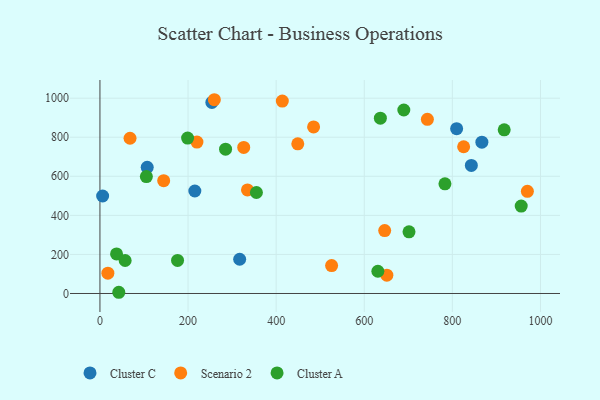
{"axis": {"x": "Distance", "y": "Sales"}, "legend": ["Cluster A", "Cluster C", "Scenario 2"], "data": [{"x": "215.4", "y": 524.8, "type": "Cluster C"}, {"x": "107.3", "y": 645.9, "type": "Cluster C"}, {"x": "317.2", "y": 175.3, "type": "Cluster C"}, {"x": "809.7", "y": 843.7, "type": "Cluster C"}, {"x": "843.1", "y": 655.8, "type": "Cluster C"}, {"x": "6.1", "y": 499.0, "type": "Cluster C"}, {"x": "254.1", "y": 978.4, "type": "Cluster C"}, {"x": "867.0", "y": 774.5, "type": "Cluster C"}, {"x": "144.7", "y": 577.5, "type": "Scenario 2"}, {"x": "259.7", "y": 992.0, "type": "Scenario 2"}, {"x": "68.3", "y": 794.8, "type": "Scenario 2"}, {"x": "825.6", "y": 751.2, "type": "Scenario 2"}, {"x": "646.4", "y": 322.2, "type": "Scenario 2"}, {"x": "18.0", "y": 104.1, "type": "Scenario 2"}, {"x": "743.3", "y": 891.9, "type": "Scenario 2"}, {"x": "970.3", "y": 522.9, "type": "Scenario 2"}, {"x": "414.0", "y": 985.2, "type": "Scenario 2"}, {"x": "220.2", "y": 775.3, "type": "Scenario 2"}, {"x": "651.3", "y": 93.6, "type": "Scenario 2"}, {"x": "485.0", "y": 852.7, "type": "Scenario 2"}, {"x": "449.1", "y": 766.3, "type": "Scenario 2"}, {"x": "334.9", "y": 530.0, "type": "Scenario 2"}, {"x": "326.4", "y": 747.6, "type": "Scenario 2"}, {"x": "525.9", "y": 143.1, "type": "Scenario 2"}, {"x": "176.2", "y": 169.1, "type": "Cluster A"}, {"x": "917.7", "y": 838.0, "type": "Cluster A"}, {"x": "783.2", "y": 561.2, "type": "Cluster A"}, {"x": "636.6", "y": 897.3, "type": "Cluster A"}, {"x": "199.0", "y": 795.9, "type": "Cluster A"}, {"x": "956.3", "y": 447.7, "type": "Cluster A"}, {"x": "689.8", "y": 939.3, "type": "Cluster A"}, {"x": "630.9", "y": 113.8, "type": "Cluster A"}, {"x": "37.7", "y": 202.7, "type": "Cluster A"}, {"x": "105.4", "y": 598.4, "type": "Cluster A"}, {"x": "355.2", "y": 517.0, "type": "Cluster A"}, {"x": "701.6", "y": 315.9, "type": "Cluster A"}, {"x": "42.8", "y": 6.2, "type": "Cluster A"}, {"x": "285.2", "y": 738.9, "type": "Cluster A"}, {"x": "57.2", "y": 168.8, "type": "Cluster A"}]}